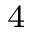
^ { \, 4 }